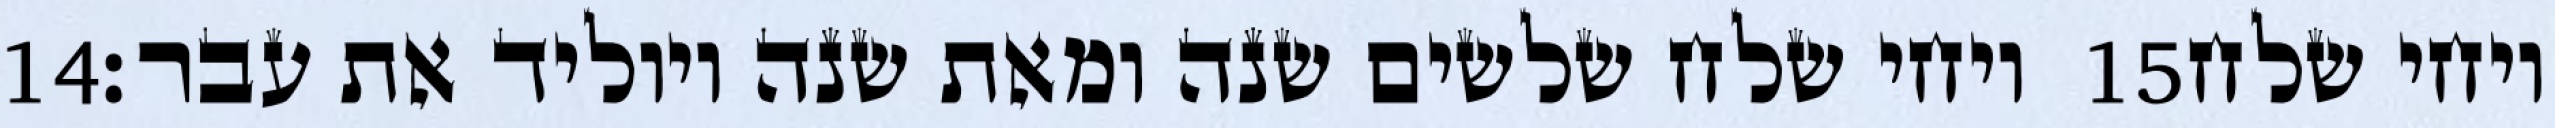
‎14‏ ויחי שלח שלשים שנה ומאת שנה ויוליד את עבר׃ ‎15‏ ויחי שלח